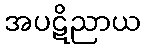
အပဋိညာယ